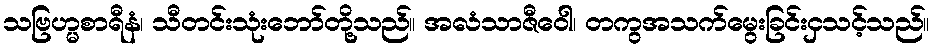
သဗြဟ္မစာရီနံ၊ သီတင်းသုံးဘော်တို့သည်။ အလံသာဇီဝေါ၊ တကွအသက်မွေးခြင်းငှသင့်သည်။